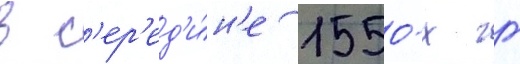
в с'ер'ед'и́н'е 1550-х гг